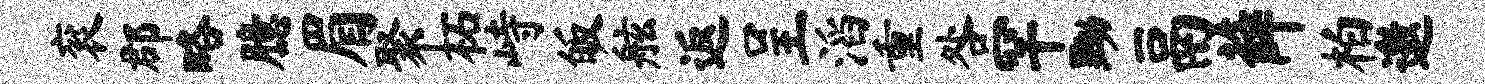
衮郡略臆眉聚柘峙皈舷返呈滔重咎罕黝鬲薛柏邀